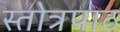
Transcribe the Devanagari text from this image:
स्तोत्रपाठ